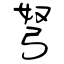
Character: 弩